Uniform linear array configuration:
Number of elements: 24
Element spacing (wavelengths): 0.5
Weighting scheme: blackman
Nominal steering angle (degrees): -60
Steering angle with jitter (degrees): -59.337
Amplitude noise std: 0.05
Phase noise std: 0.05

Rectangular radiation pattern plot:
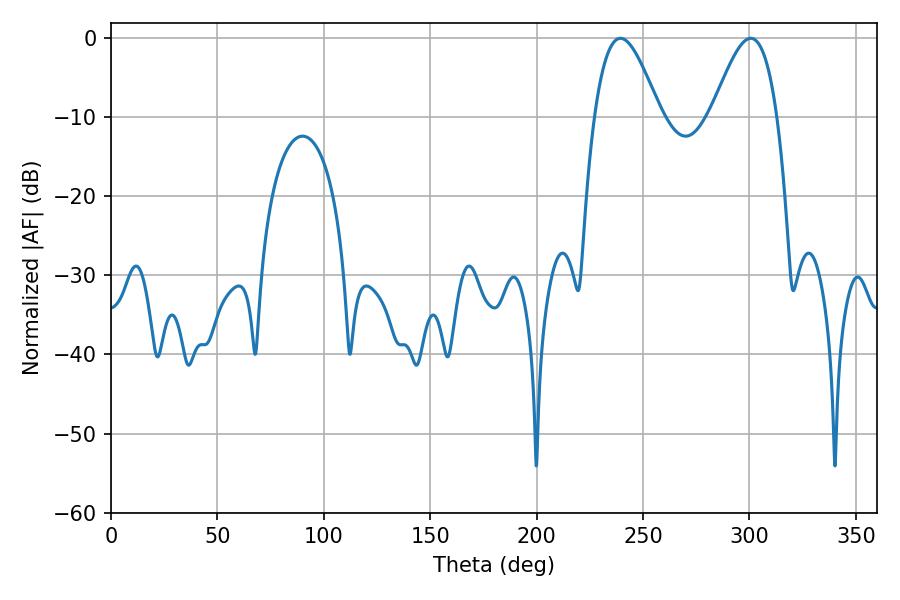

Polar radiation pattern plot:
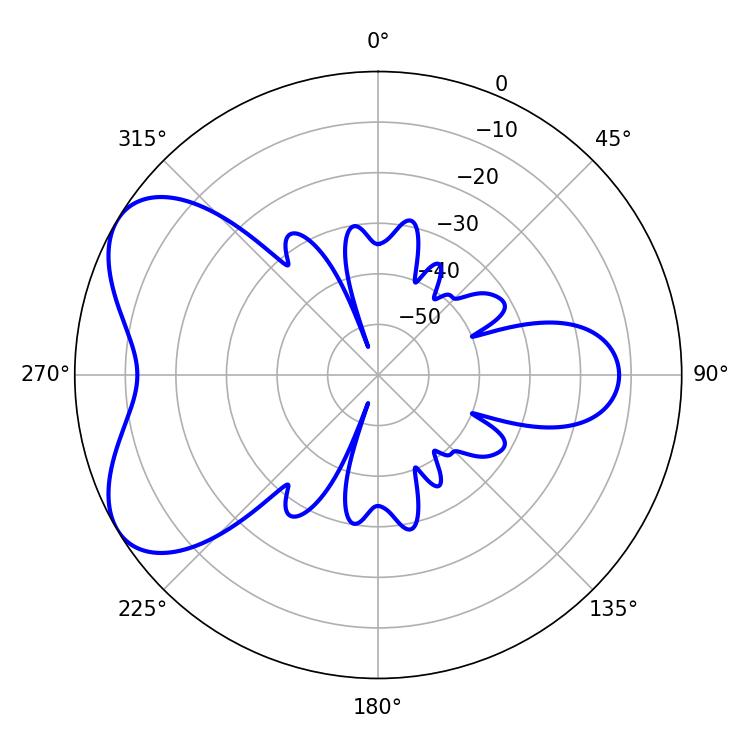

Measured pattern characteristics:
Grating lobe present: FALSE
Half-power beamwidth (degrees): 16.56
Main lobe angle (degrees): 239.4